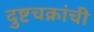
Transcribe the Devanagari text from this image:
दुष्टचक्रांची